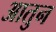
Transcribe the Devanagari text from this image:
आतुन